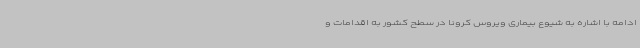
ادامه با اشاره به شیوع بیماری ویروس کرونا در سطح کشور به اقدامات و